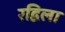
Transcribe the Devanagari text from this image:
रद्विला